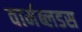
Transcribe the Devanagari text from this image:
वार्मब्लडस